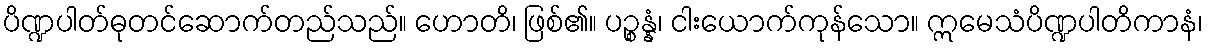
ပိဏ္ဍပါတ်ဓုတင်ဆောက်တည်သည်။ ဟောတိ၊ ဖြစ်၏။ ပဉ္စန္နံ၊ ငါးယောက်ကုန်သော။ ဣမေသံပိဏ္ဍပါတိကာနံ၊